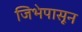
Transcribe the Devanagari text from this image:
जिभेपासून